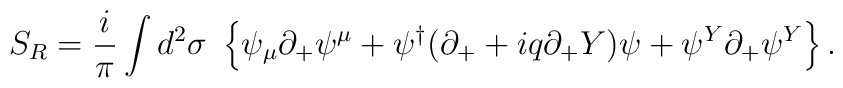
S_R = \frac i{\pi}\int d^2\sigma\ \left\{ \psi_\mu\partial_+\psi^\mu        +\psi^\dag(\partial_++iq\partial_+Y)\psi+\psi^Y\partial_+\psi^Y \right\}.